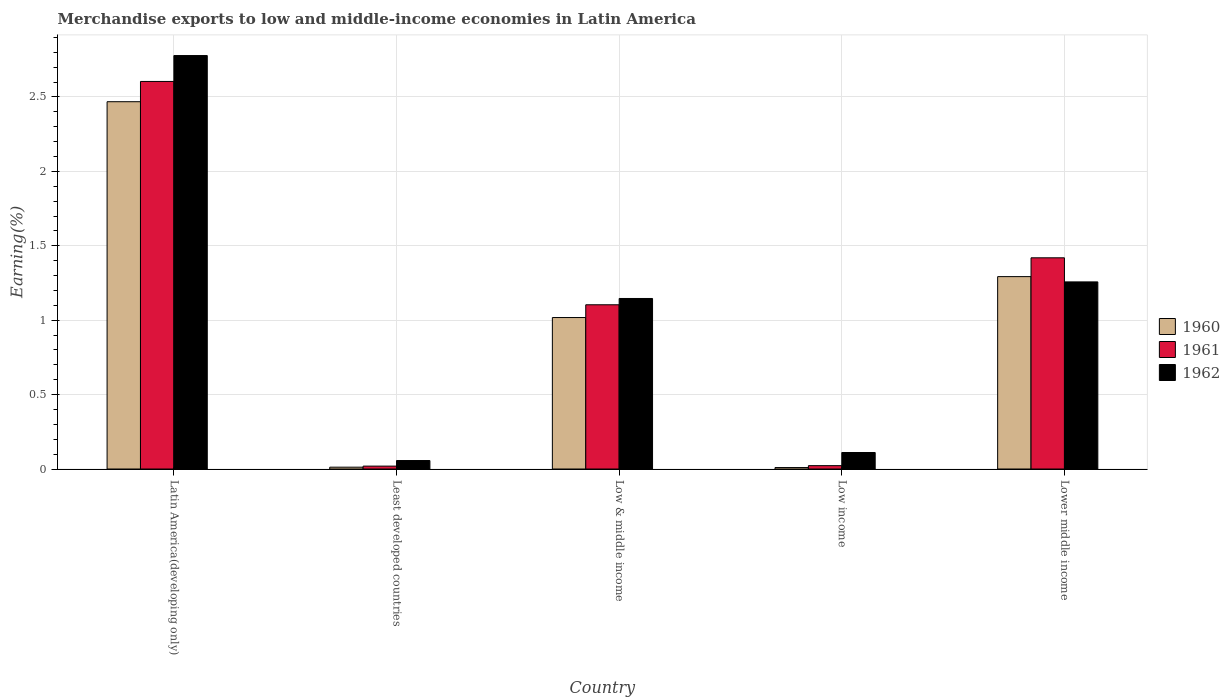
| Country | 1960 | 1961 | 1962 |
 | --- | --- | --- | --- |
 | Latin America(developing only) | 2.47 | 2.6 | 2.78 |
 | Least developed countries | 0.0123 | 0.0195 | 0.0569 |
 | Low & middle income | 1.02 | 1.1 | 1.15 |
 | Low income | 0.0098 | 0.0226 | 0.111 |
 | Lower middle income | 1.29 | 1.42 | 1.26 |